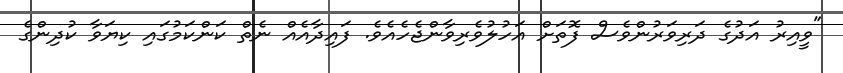
"ވީއިރު އަދުގެ ދަރިވަރުންވެސް ފޮތަށް އަހުލުވެރިވާންޖެހެއެވެ. ފައިދާއެއް ނެތް ކަންކަމުގައި ކިޔަވާާ ކުދިންގެ